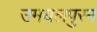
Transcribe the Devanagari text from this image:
उमयलपुरम